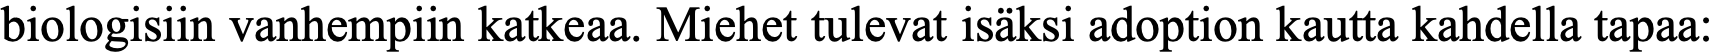
biologisiin vanhempiin katkeaa. Miehet tulevat isäksi adoption kautta kahdella tapaa: